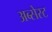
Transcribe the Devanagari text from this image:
अब्सेस्ट